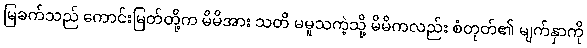
မြခက်သည် ကောင်းမြတ်တို့က မိမိအား သတိ မမူသကဲ့သို့ မိမိကလည်း စံတုတ်၏ မျက်နှာကို